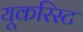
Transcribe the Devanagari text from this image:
यूकरिस्ट